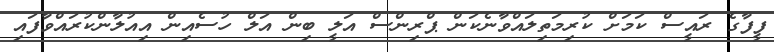
ފީފާގެ ރައީސް ކަމަށް ކުރިމަތިލައްވާނެކަން ޕްރިންސް އަލީ ބިން އަލް ހުސެއިން އިއުލާންކުރައްވާފައި